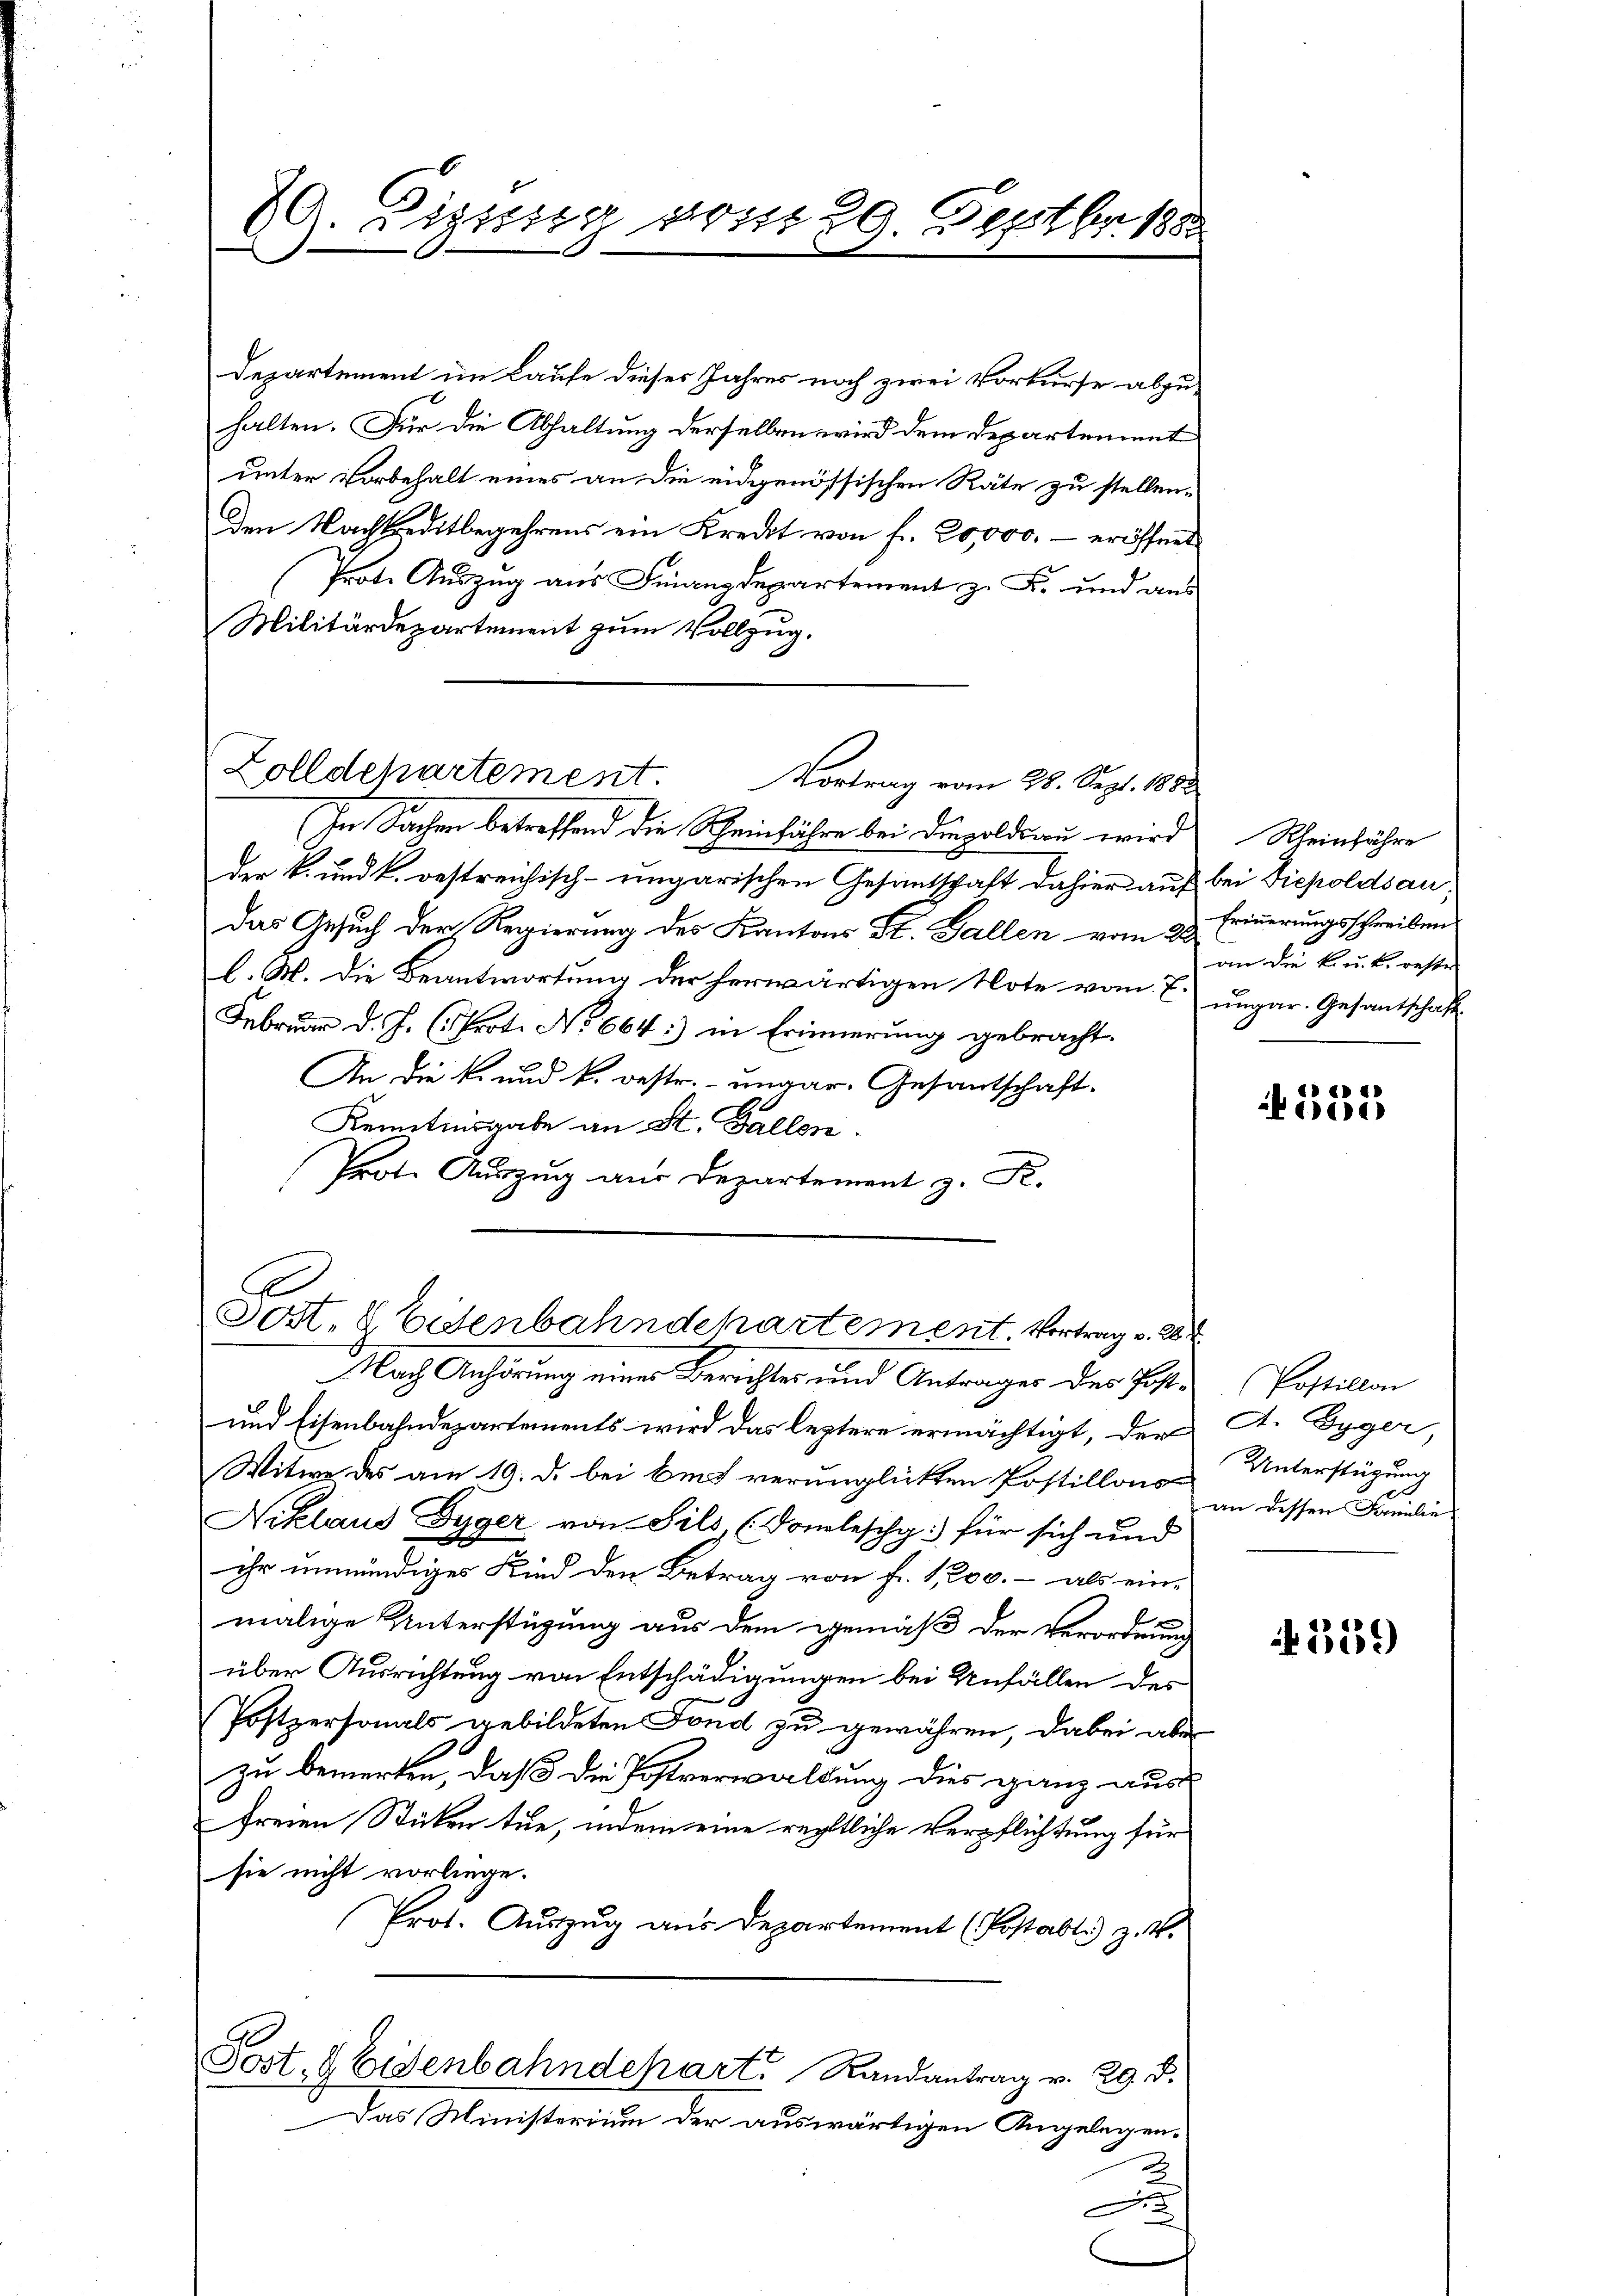
80 Zizssig desst 29. Septbr 1888
s

Departement im Laufe dieses Jahres noch zwei Vorkurse abzu-
halten. Für die Abhaltung derselben wird dem Departement
unter Vorbehalt eines an die eidgenössischen Räte zu stellen.
den Nachkreditbegehrens ein Kreckt von fr. 20,000.- eröffnet
Prote Auszug aus Finanzdepartement z. F. und aus
Militärdepartement zum Vollzug.
In Sachen betreffend die Scheinfahre bei Dingoldsau wird Rheinführe
der k. und k. oestreichisch-ungarischen Gesantschaft dahier auf bei Diepoldsaudas Gesuch der Regierung des Kantons St. Gallen vom 28. Erinnerungsschreiben
l. M. die Beantwortung der herwärtigen Note vom 7. ungar. Gesantschaft
Februar d. J. (Prot. No 664:) in Erinnerung gebracht.
An die k. und k. oestr. ungar. Gesantschaft
Kenntnisgabe an St. Gallen.
Prote Auszug aus Departement z. F.

Zolldepartement.
Vortrag vom 28. Sept. 1883

C
Sost. Eisenbahndehartement. Vortrag v. 284

Nach Anhörung einer Berichtes und Antrages des Post¬

und Eisenbahndepartements wird das leztere ermächtigt, der
Witwe des am 19. d. bei bei verunglickten Postillons-
Niklaus Gyger von Sils, (Domleschg:) für sich und
ihr unmündiges Kind den Betrag von fr. 1200.- als ein-
malige Unterstüzung aus dem gemäß der Verordnung
über Ausrichtung von Entschädigungen bei Unfällen des
Postpersonals gebildeten Fond zu gewähren, dabei aber
zu bemerken, daß die Postverwaldung dies ganz aus
freien Sticken tue, indem eine rechtliche Verpflichtung für
sie nicht vorliege.
Prot. Auszug aus Departement (Postabli) z. B.
Post. 8 Eisenbahndepart. Randantrag v. 29. d.
Das Ministerium der auswärtigen Angelegen¬
A

an die k. u. k. oeste

4333

Postillon
A. Gyger,
Unterstüzung
an dessen Familie

359